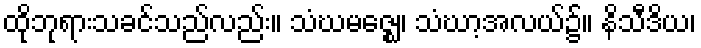
ထိုဘုရားသခင်သည်လည်း။ သံဃမဇ္ဈေ၊ သံဃာ့အလယ်၌။ နိသီဒိယ၊